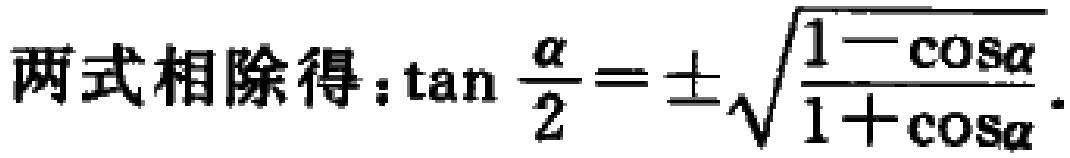
两式相除得：\(\tan \frac{\alpha}{2} = \pm \sqrt{\frac{1 - \cos\alpha}{1 + \cos\alpha}}\)